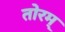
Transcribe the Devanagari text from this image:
तोरम्